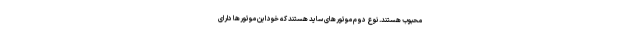
محبوب هستند. نوع دوم موتورهای ساید هستند که خود این موتورها دارای